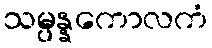
သမ္ပန္နကောလကံ